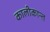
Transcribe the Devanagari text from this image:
कालीकान्त